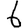
Digit: 6